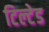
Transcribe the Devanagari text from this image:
टिल्‍टेड